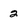
Character: 2